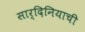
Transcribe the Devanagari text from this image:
सार्दिनियाची